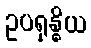
ဥပရုန္ဓိယ